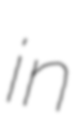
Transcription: in